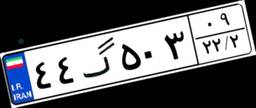
۴۴گ۵۰۳۰۹